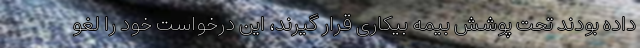
داده بودند تحت پوشش بیمه بیکاری قرار گیرند، این درخواست خود را لغو